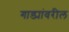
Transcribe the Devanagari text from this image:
गाड्यांवरील